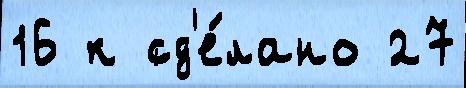
16 к сд'е́лано 27